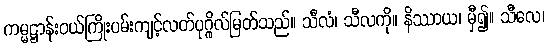
ကမ္မဋ္ဌာန်းဝယ်ကြိုးပမ်းကျင့်လတ်ပုဂ္ဂိုလ်မြတ်သည်။ သီလံ၊ သီလကို။ နိဿာယ၊ မှီ၍။ သီလေ၊